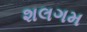
શલગમ